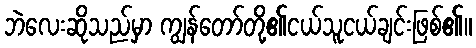
ဘဲလေးဆိုသည်မှာ ကျွန်တော်တို့၏ငယ်သူငယ်ချင်းဖြစ်၏။